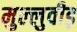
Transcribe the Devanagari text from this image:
मुल्लुवीड़